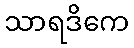
သာရဒိကေ